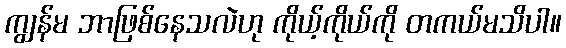
ကျွန်မ ဘာဖြစ်နေသလဲဟု ကိုယ့်ကိုယ်ကို တကယ်မသိပါ။